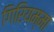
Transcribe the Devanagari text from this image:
गिरियम्मा